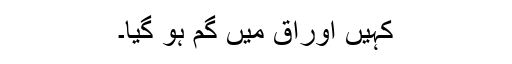
کہیں اوراق میں گُم ہو گیا۔